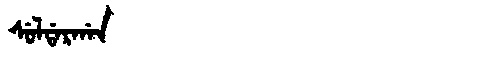
Manchu: ᠰᡠᠯᡩᠠᡵᡤᠠᠨ
Romanization: SULDARGAN